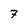
Character: 7